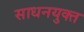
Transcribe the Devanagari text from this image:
साधनयुक्त